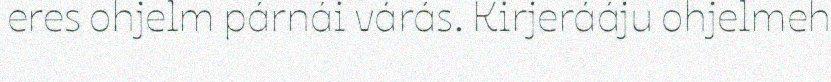
eres ohjelm párnái várás. Kirjerááju ohjelmeh